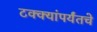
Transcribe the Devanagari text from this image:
टक्क्यांपर्यंतचे